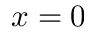
x = 0